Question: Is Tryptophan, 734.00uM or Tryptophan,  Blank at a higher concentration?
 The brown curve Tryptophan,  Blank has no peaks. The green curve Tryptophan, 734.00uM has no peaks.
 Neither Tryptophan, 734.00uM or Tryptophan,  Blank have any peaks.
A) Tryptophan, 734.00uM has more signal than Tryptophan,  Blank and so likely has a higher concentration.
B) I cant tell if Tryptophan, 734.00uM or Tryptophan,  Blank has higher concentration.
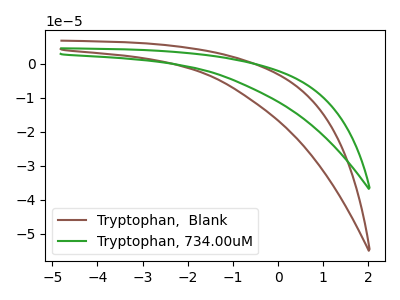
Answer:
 <answer>B) I cant tell if "Tryptophan, 734.00uM" or "Tryptophan,  Blank" has higher concentration.</answer>
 <eval>B</eval>